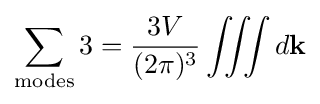
\sum _{\rm {modes}}3={\frac {3V}{(2\pi )^{3}}}\iiint d\mathbf {k}